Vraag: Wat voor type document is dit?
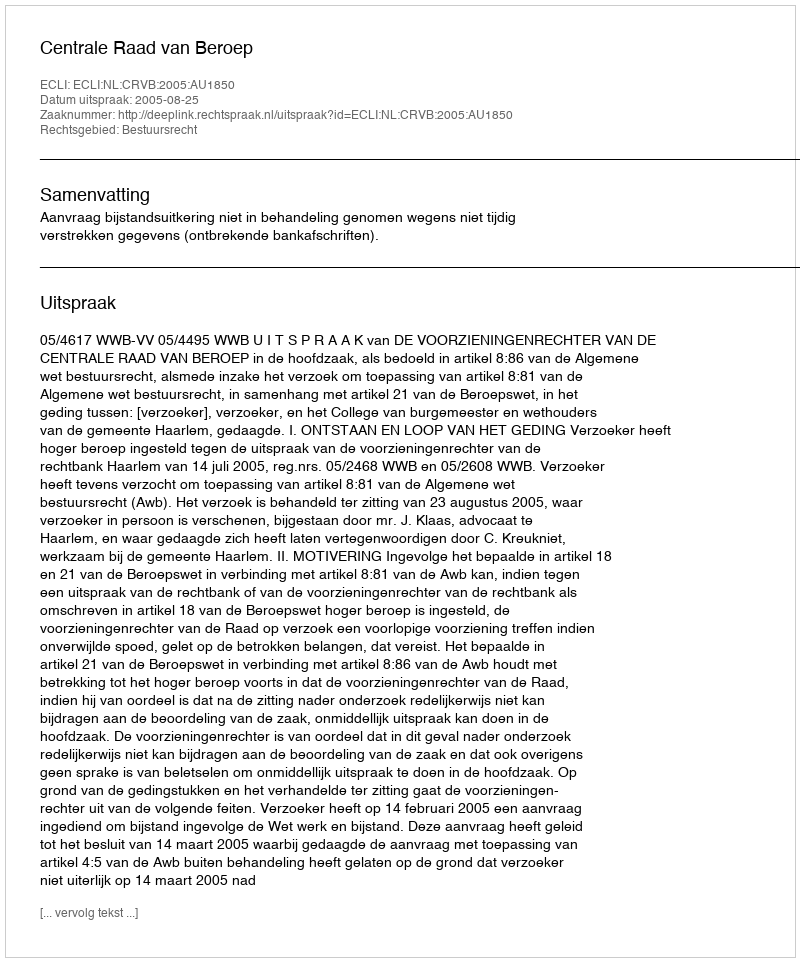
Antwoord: Uitspraak